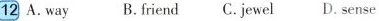
12 A.way B.friend C. jewel D. sense